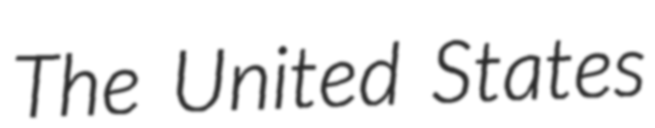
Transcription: The United States